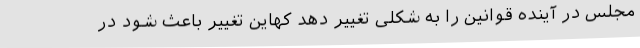
مجلس در آینده قوانین را به شکلی تغییر دهد کهاین تغییر باعث شود در